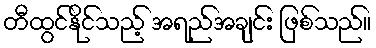
တီထွင်နိုင်သည့် အရည်အချင်း ဖြစ်သည်။